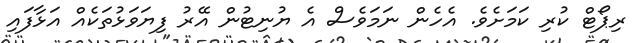
ރިޕޯޓް ކުރި ކަމަށެވެ. އެހެން ނަމަވެސް އެ ޔުނިޓުން އޭރު ފިޔަވަޅުތަކެއް އަޅާފައި